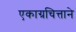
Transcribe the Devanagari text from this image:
एकाग्रचित्ताने